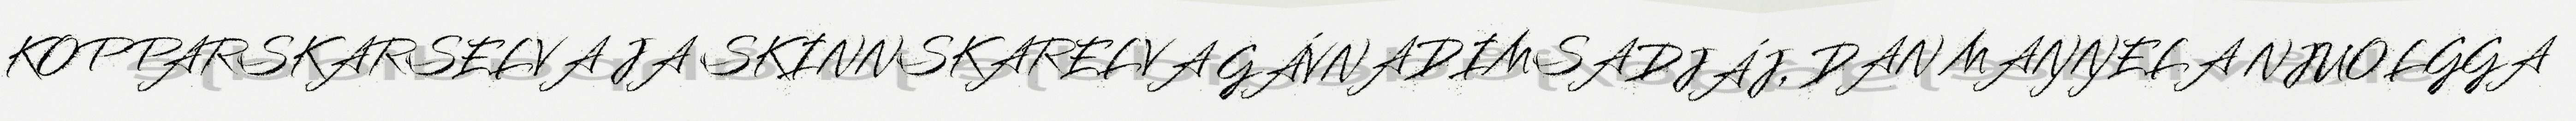
KOPPARSKARSELVA JA SKINNSKARELVA GÁVNADIMSADJÁJ, DAN MAŊŊELA NJUOLGGA